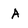
Character: A